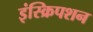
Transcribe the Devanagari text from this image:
इंस्क्रिपशन